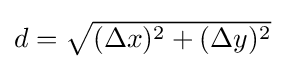
{\textstyle d={\sqrt {(\Delta x)^{2}+(\Delta y)^{2}}}}